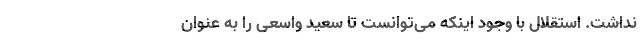
نداشت. استقلال با وجود اینکه می‌توانست تا سعید واسعی را به عنوان